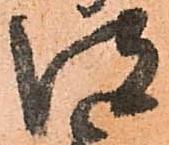
彼